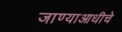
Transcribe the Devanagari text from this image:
जाण्याआधीचे